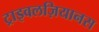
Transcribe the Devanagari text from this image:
ट्राइवलज़ियानस